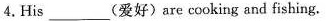
4.His______(爱好)are cooking and fishing.